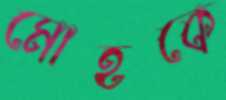
মোহকে